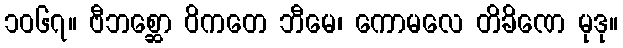
၁၀၆၇။ ဗီဘစ္ဆော ဝိကတေ ဘီမေ၊ ကောမလေ တိခိဏေ မုဒု။